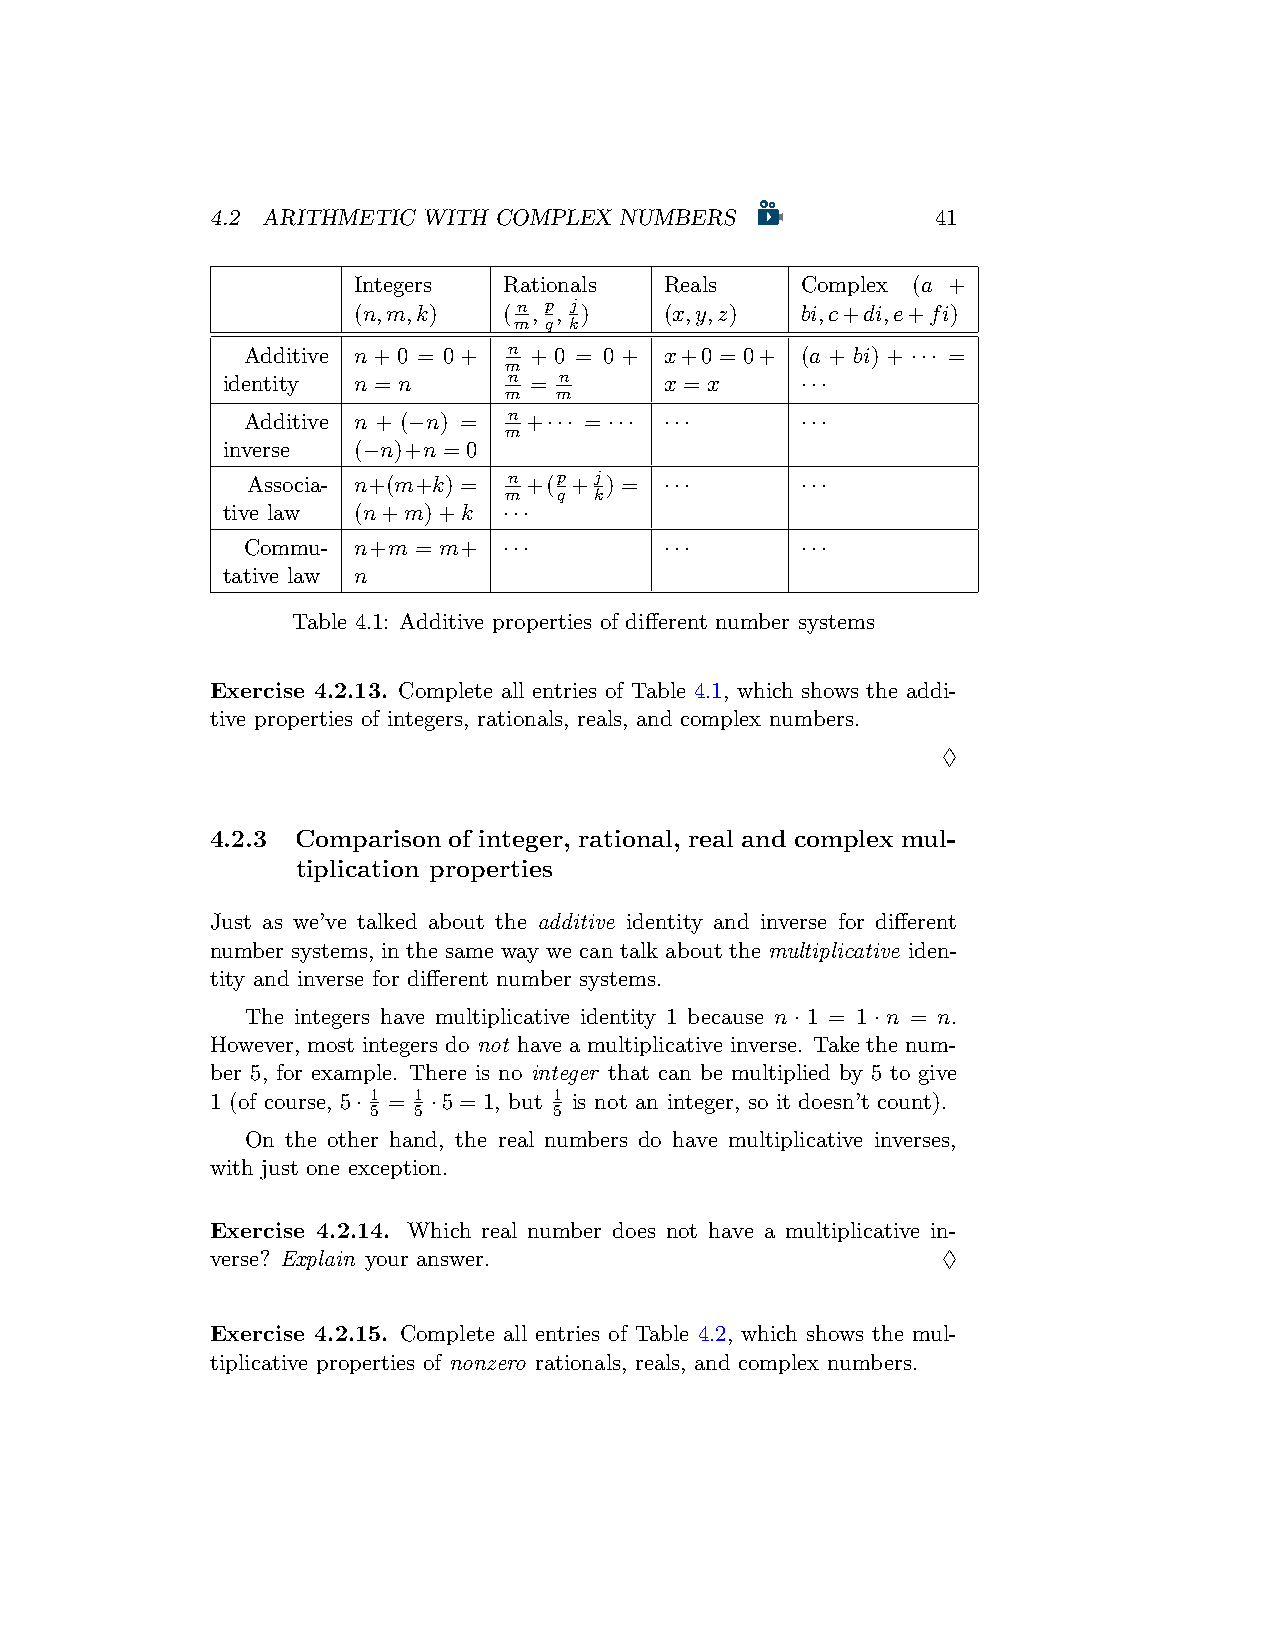
4.2 ARITHMETIC WITH COMPLEX NUMBERS             41
 Integers  Rationals  Reals    Complex (a +
 (n,m,k)   (n, p, j)  (x,y,z)  bi,c+di,e+fi)
 m q k
 Additive n+0 = 0+ n + 0 = 0 + x+0 = 0+ (a + bi) + ··· =
 m
 identity n = n     n = n     x = x    ···
 m   m
 Additive n + (−n) = n +··· = ··· ··· ···
 m
 inverse (−n)+n = 0
 Associa- n+(m+k) = n +(p+j) = ···    ···
 m   q k
 tive law (n+m)+k  ···
 Commu- n+m = m+  ···        ···      ···
 tative law n
 Table 4.1: Additive properties of different number systems
 Exercise 4.2.13. Complete all entries of Table 4.1, which shows the addi-
 tive properties of integers, rationals, reals, and complex numbers.
 ♢
 4.2.3 Comparison of integer, rational, real and complex mul-
 tiplication properties
 Just as we’ve talked about the additive identity and inverse for different
 number systems, in the same way we can talk about the multiplicative iden-
 tity and inverse for different number systems.
 The integers have multiplicative identity 1 because n · 1 = 1 · n = n.
 However, most integers do not have a multiplicative inverse. Take the num-
 ber 5, for example. There is no integer that can be multiplied by 5 to give
 1 (of course, 5· 1 = 1 ·5 = 1, but 1 is not an integer, so it doesn’t count).
 5 5         5
 On the other hand, the real numbers do have multiplicative inverses,
 with just one exception.
 Exercise 4.2.14. Which real number does not have a multiplicative in-
 verse? Explain your answer.                     ♢
 Exercise 4.2.15. Complete all entries of Table 4.2, which shows the mul-
 tiplicative properties of nonzero rationals, reals, and complex numbers.